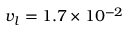
{ v _ { l } } = \mathrm { { } } 1 . 7 \times { 1 0 ^ { - 2 } }